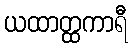
ယထာတ္ထကာရီ